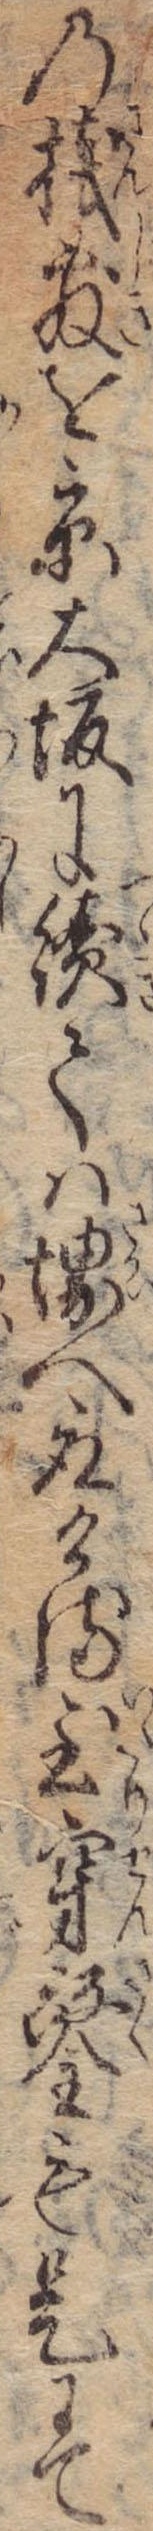
の桟敷を京大坂に続ては堺へ取ける至穿鑿も是にて